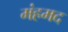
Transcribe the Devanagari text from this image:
मंहमद